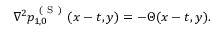
\begin{array} { r } { \nabla ^ { 2 } p _ { 1 , 0 } ^ { \mathrm { ~ ( ~ S ~ ) ~ } } ( x - t , y ) = - \Theta ( x - t , y ) . } \end{array}